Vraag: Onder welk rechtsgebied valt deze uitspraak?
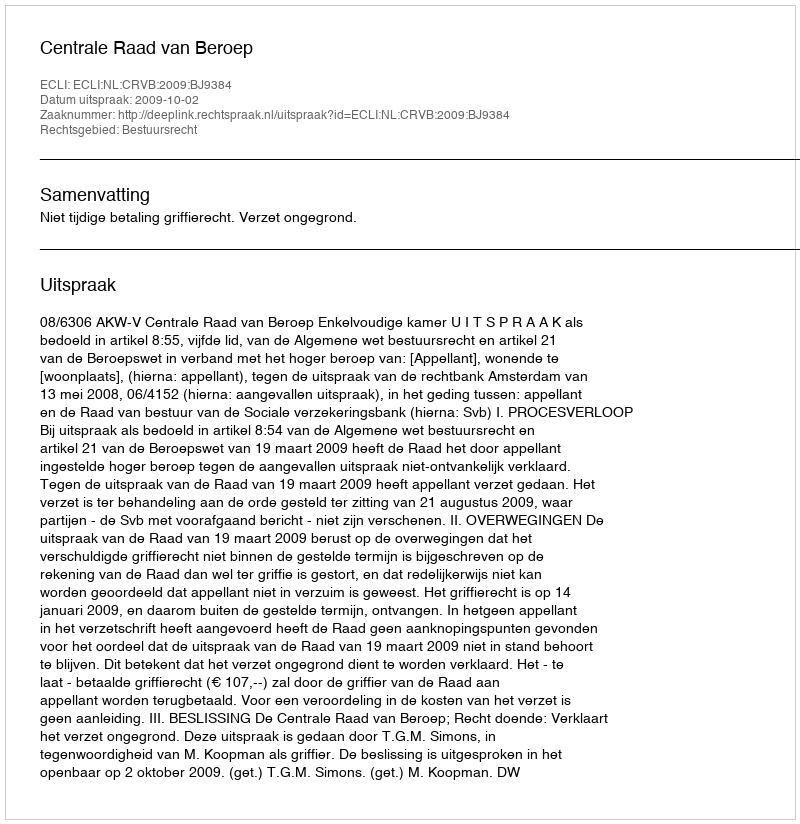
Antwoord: Bestuursrecht